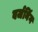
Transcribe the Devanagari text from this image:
वर्जनिंग